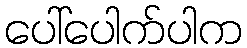
ပေါ်ပေါက်ပါက